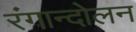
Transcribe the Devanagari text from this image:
रंगान्दोलन